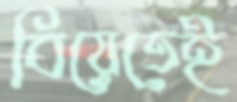
বিয়েতেই